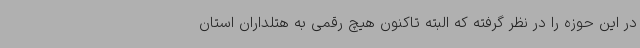
در این حوزه را در نظر گرفته که البته تاکنون هیچ رقمی به هتلداران استان